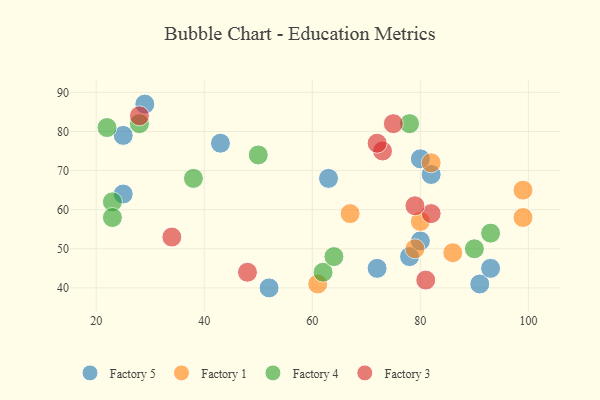
{"axis": {"x": "GDP", "y": "Life Expectancy"}, "legend": ["Factory 1", "Factory 3", "Factory 4", "Factory 5"], "data": [{"x": "91", "y": 41, "type": "Factory 5"}, {"x": "72", "y": 45, "type": "Factory 5"}, {"x": "43", "y": 77, "type": "Factory 5"}, {"x": "93", "y": 45, "type": "Factory 5"}, {"x": "78", "y": 48, "type": "Factory 5"}, {"x": "29", "y": 87, "type": "Factory 5"}, {"x": "25", "y": 64, "type": "Factory 5"}, {"x": "52", "y": 40, "type": "Factory 5"}, {"x": "25", "y": 79, "type": "Factory 5"}, {"x": "82", "y": 69, "type": "Factory 5"}, {"x": "63", "y": 68, "type": "Factory 5"}, {"x": "80", "y": 52, "type": "Factory 5"}, {"x": "80", "y": 73, "type": "Factory 5"}, {"x": "67", "y": 59, "type": "Factory 1"}, {"x": "80", "y": 57, "type": "Factory 1"}, {"x": "79", "y": 50, "type": "Factory 1"}, {"x": "86", "y": 49, "type": "Factory 1"}, {"x": "82", "y": 72, "type": "Factory 1"}, {"x": "61", "y": 41, "type": "Factory 1"}, {"x": "99", "y": 58, "type": "Factory 1"}, {"x": "99", "y": 65, "type": "Factory 1"}, {"x": "50", "y": 74, "type": "Factory 4"}, {"x": "62", "y": 44, "type": "Factory 4"}, {"x": "38", "y": 68, "type": "Factory 4"}, {"x": "90", "y": 50, "type": "Factory 4"}, {"x": "23", "y": 62, "type": "Factory 4"}, {"x": "28", "y": 82, "type": "Factory 4"}, {"x": "78", "y": 82, "type": "Factory 4"}, {"x": "64", "y": 48, "type": "Factory 4"}, {"x": "23", "y": 58, "type": "Factory 4"}, {"x": "22", "y": 81, "type": "Factory 4"}, {"x": "93", "y": 54, "type": "Factory 4"}, {"x": "73", "y": 75, "type": "Factory 3"}, {"x": "72", "y": 77, "type": "Factory 3"}, {"x": "28", "y": 84, "type": "Factory 3"}, {"x": "81", "y": 42, "type": "Factory 3"}, {"x": "82", "y": 59, "type": "Factory 3"}, {"x": "79", "y": 61, "type": "Factory 3"}, {"x": "48", "y": 44, "type": "Factory 3"}, {"x": "34", "y": 53, "type": "Factory 3"}, {"x": "75", "y": 82, "type": "Factory 3"}]}